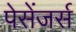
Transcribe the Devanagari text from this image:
पेसेंजर्स